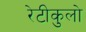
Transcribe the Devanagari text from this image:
रेटीकुलो